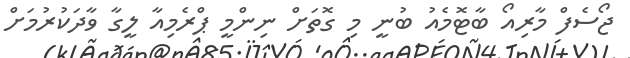
ޖޯސެފް މާރިއޯ ބާޓޮމެއު ބުނީ މި ގޮތަށް ނިންމީ ޕްރެމިއާ ލީގާ ވާދަކުރުމަށް